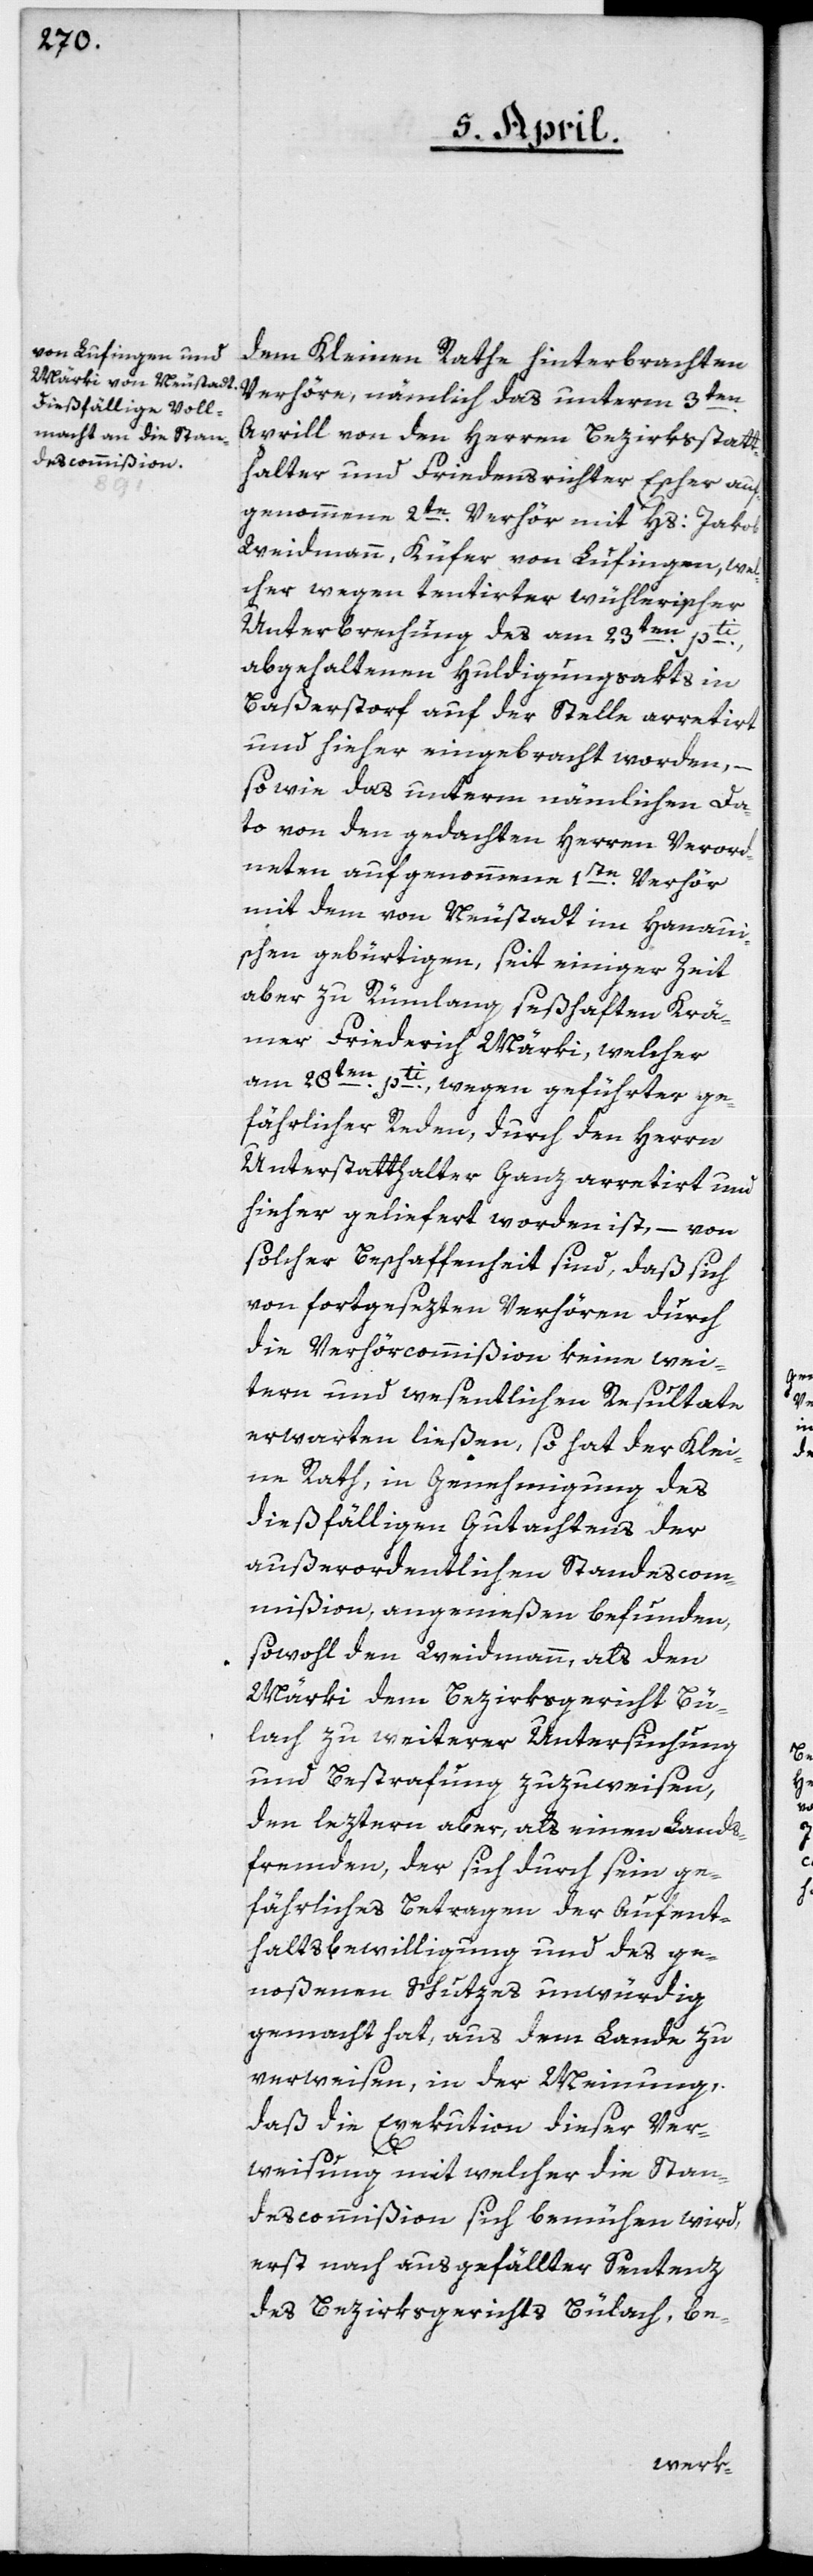
dem Kleinen Rathe hinterbrachten
Verhöre, nämlich das unterm 3ten
Aprill von den Herren Bezirksstatt¬
halter und Friedensrichter Escher auf¬
genommene 2te Verhör mit Hs: Jakob
Weidmann, Küfer von Lufingen, wel¬
cher wegen tentirter wühlerischer
Unterbrechung des am 23ten pti
abgehaltenen Huldigungsakts in
Baßerstorf auf der Stelle arretirt
und hieher eingebracht worden, –
sowie das unterm nämlichen Da¬
to von den gedachten Herren Verord¬
neten aufgenommene 1ste Verhör
mit dem von Neustadt im Hanaui¬
schen gebürtigen, seit einiger Zeit
aber zu Rümlang seßhaften Krä¬
mer Friederich Märki, welcher
am 28ten pti, wegen geführter ge¬
fährlicher Reden, durch den Herrn
Unterstatthalter Ganz arretirt und
hieher geliefert worden ist, – von
solcher Beschaffenheit sind, daß sich
von fortgesezten Verhören durch
die Verhörcommißion keine wei¬
tern und wesentlichen Resultate
erwarten ließen, so hat der Klei¬
ne Rath, in Genehmigung des
dießfälligen Gutachtens der
außerordentlichen Standescom¬
mißion angemeßen befunden,
sowohl den Weidmann als den
Märki dem Bezirksgericht Bü¬
lach zu weiterer Untersuchung
und Bestrafung zuzuweisen,
den leztern aber, als einen Lands¬
fremden, der sich durch sein ge¬
fährliches Betragen der Aufent¬
haltsbewilligung und des ge¬
noßenen Schutzes unwürdig
gemacht hat, aus dem Lande zu
verweisen, in der Meinung,
daß die Execution dieser Ver¬
weisung, mit welcher die Stan¬
descommißion sich bemühen wird,
erst nach ausgefällter Sentenz
des Bezirksgerichts Bülach, be-